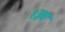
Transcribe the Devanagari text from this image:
१३व